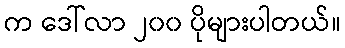
က ဒေါ်လာ ၂၀၀ ပိုများပါတယ်။